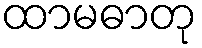
ထာမဓာတု